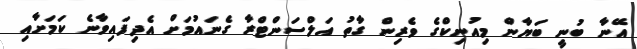
އޭނާ ބުނީ ބަޔާން މިއުނިކްގެ ވެރިން ގާތު އަލްސަންޓްރާ ގެނައުމަށް އެދިފައިވާނެ ކަމަށާއި